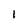
Character: l